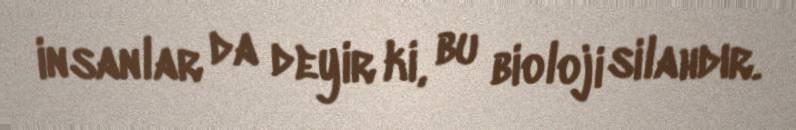
insanlar da deyir ki, bu bioloji silahdır.